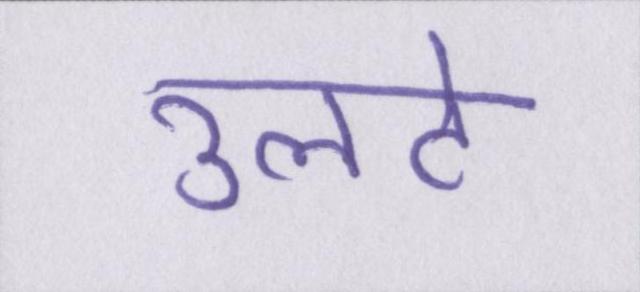
उलटे